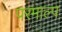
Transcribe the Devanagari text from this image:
परमाल्प